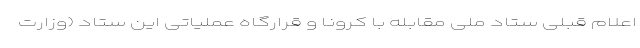
اعلام قبلی ستاد ملی مقابله با کرونا و قرارگاه عملیاتی این ستاد (وزارت